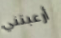
أرعبتني